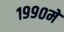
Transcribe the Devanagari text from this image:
१९९०में